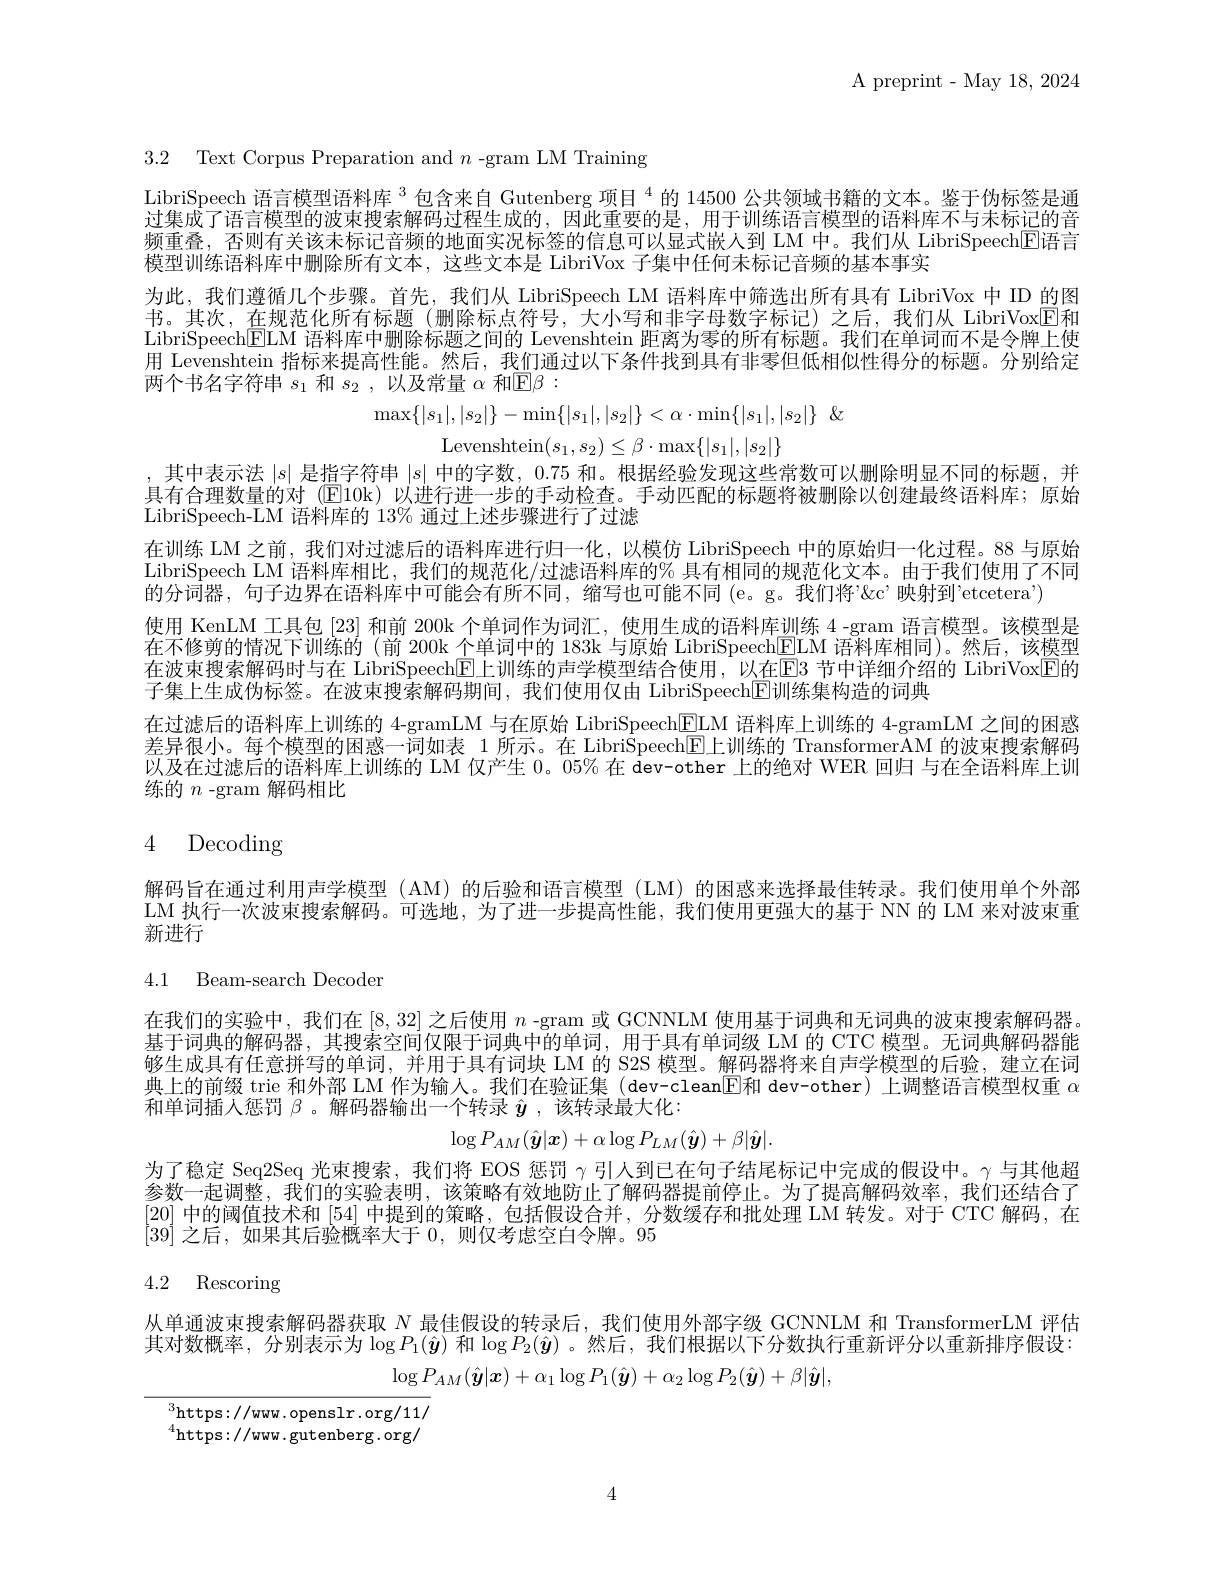
A preprint- May 18, 2024

3.2 Text Corpus Preparation and $n$ -gram LM Training

LibriSpeech 语言模型语料库$^{3}$包含来自 Gutenberg 项目$^{4}$的 14500 公共领域书籍的文本。鉴于伪标签是通过集成了语言模型的波束搜索解码过程生成的，因此重要的是，用于训练语言模型的语料库不与未标记的音频重叠，否则有关该未标记音频的地面实况标签的信息可以显式嵌人到 LM 中。我们从 LibriSpeech$\overline{\mathrm{E}}$语言模型训练语料库中删除所有文本，这些文本是 LibriVox 子集中任何未标记音频的基本事实
为此，我们遵循几个步骤。首先，我们从 LibriSpeech LM 语料库中筛选出所有具有 LibriVox 中 ID 的图书。其次，在规范化所有标题(删除标点符号，大小写和非字母数字标记)之后，我们从 LibriVox$\overline{\mathrm{E}}$和LibriSpeech$\underline{\mathrm{ELM}}$语料库中删除标题之间的 Levenshtein 距离为零的所有标题。我们在单词而不是令牌上使用$\bar{\text{Levenshtein 指标来提高性能。然后，我们通过以下条件找到具有非零但低相似性得分的标题。分别给定}}$ 两个书名字符串$s_1$和$s_2$,以及常量$\alpha$和$\boxed{\mathrm{E}}\beta:$
$$\max\{|s_{1}|,|s_{2}|\}-\min\{|s_{1}|,|s_{2}|\}<\alpha\cdot\min\{|s_{1}|,|s_{2}|\}$$
$\operatorname{Levenshtein}(s_1,s_2)\leq\beta\cdot\max\{|s_1|,|s_2|\}$

其中表示法$|s|$是指字符串$|s|$中的字数，0.75 和。根据经验发现这些常数可以删除明显不同的标题，并具有合理数量的对 (E10k)以进行进一步的手动检查。手动匹配的标题将被删除以创建最终语料库；原始LibriSpeech-LM 语料库的 13% 通过上述步骤进行了过滤
在训练 LM 之前，我们对过滤后的语料库进行归一化，以模仿 LibriSpeech 中的原始归一化过程。88 与原始LibriSpeech LM 语料库相比，我们的规范化/过滤语料库的% 具有相同的规范化文本。由于我们使用了不同$\bar{\text{的分词器，句子边界在语料库中可能会有所不同，缩写也可能不同(e。g。我们将'"}\&\text{c'映射到'etcetera'}})$
使用 KenLM 工具包 [23] 和前 200k 个单词作为词汇，使用生成的语料库训练 4 -gram 语言模型。该模型是在不修剪的情况下训练的(前 200k 个单词中的 183k 与原始 LibriSpeech$\boxed{\mathrm{E}}$LM 语料库相同)。然后，该模型在波束搜索解码时与在 LibriSpeech$\boxed{\mathrm{E}}$上训练的声学模型结合使用，以在$\boxed{\mathrm{E}}3$ 节中详细介绍的 LibriVoxE的子集上生成伪标签。在波束搜索解码期间，我们使用仅由 LibriSpeech$\mathbb{E}$训练集构造的词典
在过滤后的语料库上训练的 4-gramLM 与在原始 LibriSpeech$\boxed{\mathrm{EIM~}\text{语料库上训练的 4-gramLM 之间的困惑}}$ 差异很小。每个模型的困惑一词如表 1 所示。在 Libri$\hat{\text{Speech}\mathrm{E}}$上训练的 TransformerAM 的波束搜索解码以及在过滤后的语料库上训练的 LM 仅产生 0。05% 在 dev-other 上的绝对 WER 回归 与在全语料库上训练的$n$ -gram 解码相比

## 4 Decoding

解码旨在通过利用声学模型(AM)的后验和语言模型(LM)的困惑来选择最佳转录。我们使用单个外部LM 执行一次波束搜索解码。可选地，为了进一步提高性能，我们使用更强大的基于 NN 的 LM 来对波束重新进行

4.1 Beam-search Decoder

在我们的实验中，我们在[8,32]之后使用$n$ -gram 或 GCNNLM 使用基于词典和无词典的波束搜索解码器基于词典的解码器，其搜索空间仅限于词典中的单词，用于具有单词级 LM 的 CTC 模型。无词典解码器能够生成具有任意拼写的单词，并用于具有词块 LM 的 S2S 模型。解码器将来自声学模型的后验，建立在词典上的前缀 trie 和外部 LM 作为输人。我们在验证集 (dev-clean[E]和 dev-other) 上调整语言模型权重$\alpha$ 和单词插人惩罚$\beta$ 。解码器输出一个转录$\hat{y}$ ,该转录最大化：
$$\log P_{AM}(\hat{\boldsymbol y}|\boldsymbol x)+\alpha\log P_{LM}(\hat{\boldsymbol y})+\beta|\hat{\boldsymbol y}|.$$
为了稳定 Seq2Seq 光束搜索，我们将 EOS 惩罚$\gamma$引人到已在句子结尾标记中完成的假设中。γ 与其他超参数一起调整，我们的实验表明，该策略有效地防止了解码器提前停止。为了提高解码效率，我们还结合了[20]中的阈值技术和 [54] 中提到的策略，包括假设合并，分数缓存和批处理 LM 转发。对于 CTC 解码，在[39]之后，如果其后验概率大于0，则仅考虑空白令牌。95

# 4.2 Rescoring

从单通波束搜索解码器获取$N$最佳假设的转录后，我们使用外部字级 GCNNLM 和 TransformerLM 评估其对数概率，分别表示为 $\log P_1(\hat{\boldsymbol{y}})$ 和$\log P_2(\hat{\boldsymbol{y}})$ 。然后，我们根据以下分数执行重新评分以重新排序假设：
$$\log P_{AM}(\hat{\boldsymbol{y}}|\boldsymbol{x})+\alpha_1\log P_1(\hat{\boldsymbol{y}})+\alpha_2\log P_2(\hat{\boldsymbol{y}})+\beta|\hat{\boldsymbol{y}}|,$$
${}_{{\mathrm{https://www.openslr.org/11/}}}$ ${}^{4}{\mathrm{https://ww.gutenberg.org/}}$

4